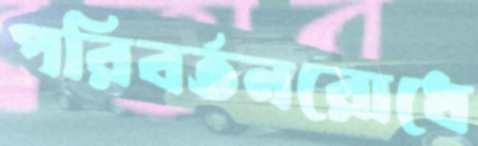
পরিবর্তনরোধে